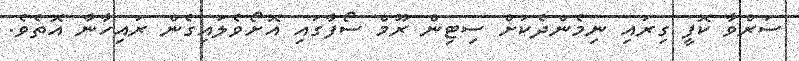
ސަރްވާ ކޮފީ ގިރައި ނިމެންދެކަށް ސިޓިން ރޫމް ސޯފާގައި އޮށޯވެލައިގެން ރައިހާނާ އޮތެވެ.